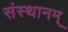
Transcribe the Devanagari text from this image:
संस्थानम्